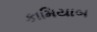
કામિયાબ